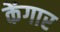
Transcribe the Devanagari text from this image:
केंगार